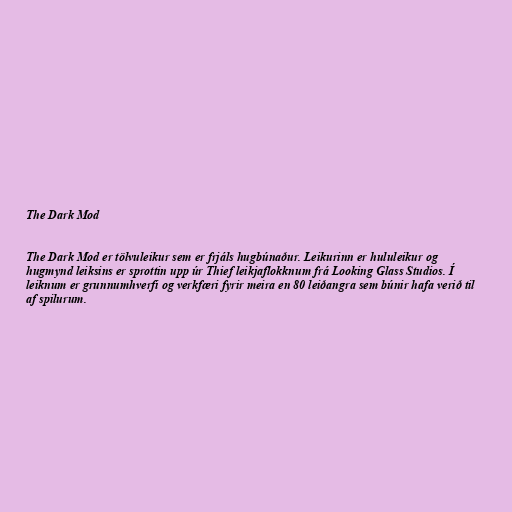
The Dark Mod

The Dark Mod er tölvuleikur sem er frjáls hugbúnaður. Leikurinn er hululeikur og
hugmynd leiksins er sprottin upp úr Thief leikjaflokknum frá Looking Glass Studios. Í
leiknum er grunnumhverfi og verkfæri fyrir meira en 80 leiðangra sem búnir hafa verið til
af spilurum.